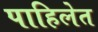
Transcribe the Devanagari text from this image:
पाहिलेत